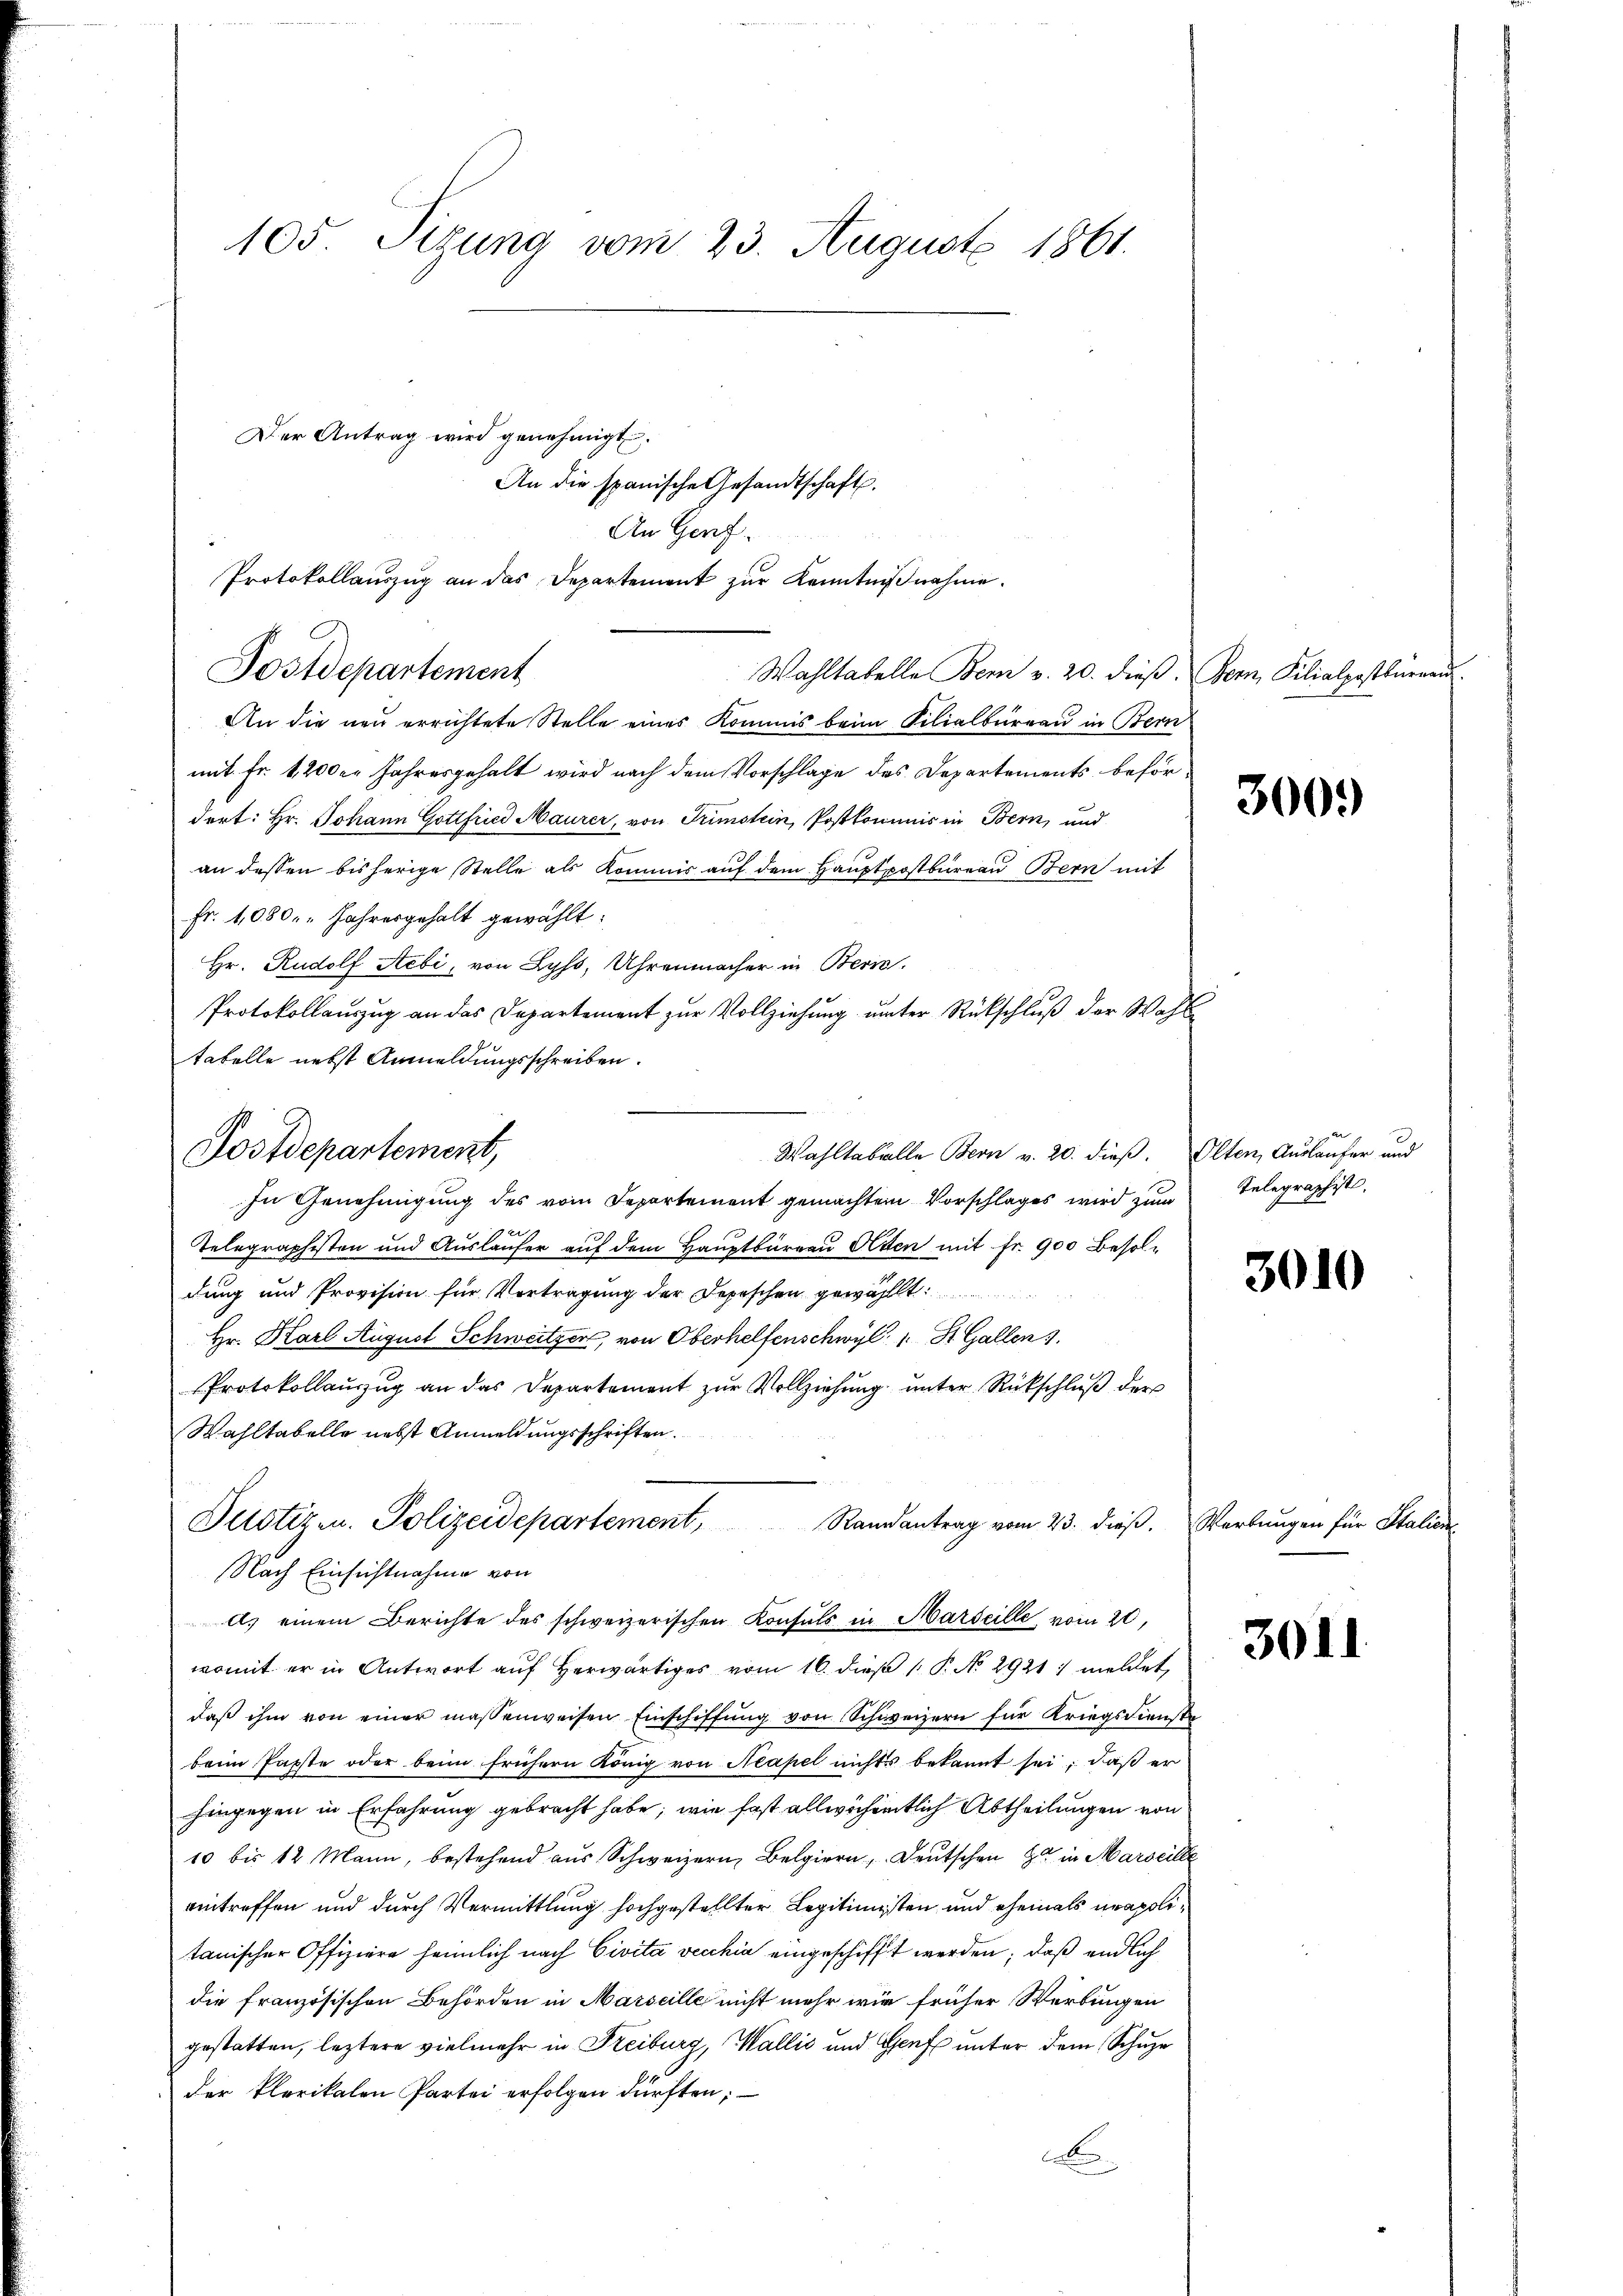
105 Sizung vom 23. August 1861.
Der Antrag wird genehmigt.
An die spanische Gesandtschaft.

An die neu errichtete Stelle eines Kommis beim Filialbureau in Bern
mit Fr. 1,200. Jahresgehalt wird nach dem Vorschlage des Departements befördert: Hr. Johann Gottfried Maurer, von Trimstein, Postkommis in Bern, und
an dessen bisherige Stelle als Kommis auf dem Hauptpostbureau Bern mit
Fr. 1080. Jahresgehalt gewählt:
Hr. Rudolf Aebi, von Lyss, Uhrenmacher in Bern.
Protokollauszug an das Departement zur Vollziehung unter Rückschluß der Wahltabelle nebst Anmeldungsschreiben.

An Genf.
Protokollauszug an das Departement zur Kenntnißnahme.
Postdepartement

Postdepartement,
Wahltabelle Bern v. 20. dieß. Olten, Ausläufer und

In Genehmigung des vom Departement gemachten Vorschlages wird zum
7 xx
Telegraphisten und Auslaufer auf dem Hauptbureau Atten mit Fr. 900 Besoldung und Provision für Vortragung der Depeschen gewählt
Hr. Karl August Schweitzer, von Oberhelfenschwyl 1 St. Gallen
Protokollaŭszŭg an das Departement zŭr Vollziehŭng ŭnter Rückschlŭβ der
Wahltabelle nebst Anmeldungsschriften.
Randantrag vom 23. dieβ. Wartungen für Stalier
Nach Einsichtnahme von
womit er in Antwort auf herwärtiges vom 16. dieß 1 P. No 2921 meldet,
daß ihm von einer massenweisen Einschiffung von Schweizern für Kriegsdiensta
beim Papste oder beim frühern König von Neapel nichts bekannt sei, daß er
hingegen in Erfahrung gebracht habe; wie fast allwöchentlich Abtheilungen von
10 bis 12 Mann, bestehend aus Schweizern, Belgiern, Deutschen Ja in Marseille
eintreffen und durch Vermittlung hochgestellter Legitimisten und ehemals neapolitanischer Offiziere heimlich nach Civita vecchia eingeschifft werden; daß endlich
die französischen Behörden in Marseille nicht mehr wir früher Werbungen
gestatten, leztere vielmehr in Freiburg, Wallis und Genf unter dem Schuze
der Plerikalen Partei erfolgen dürften;
b

Justiz- u. Polizeidepartement,

Als einem Berichte des schweizerischen Konsuls in Marseille, vom 20.

Wahltabelle Bern v. 20. dieß. Bern, Kilialpostbaren

3000

Telegraphist.

3010

3011